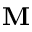
{ \bf M }